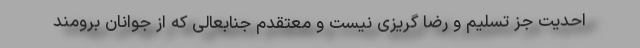
احدیت جز تسلیم و رضا گریزی نیست و معتقدم جنابعالی که از جوانان برومند